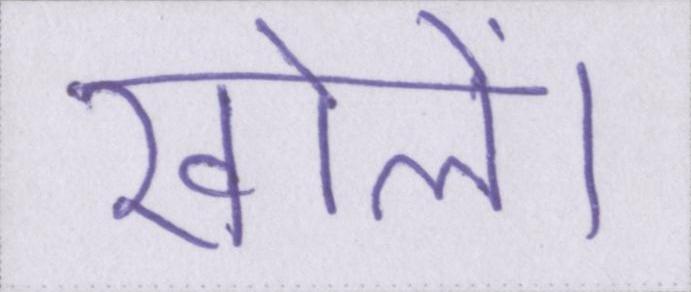
खोलें।